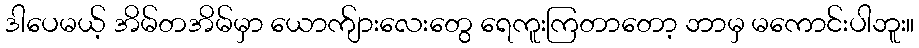
ဒါပေမယ့် အိမ်တအိမ်မှာ ယောက်ျားလေးတွေ ရေကူးကြတာတော့ ဘာမှ မကောင်းပါဘူး။